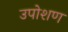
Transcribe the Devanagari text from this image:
उपोशण